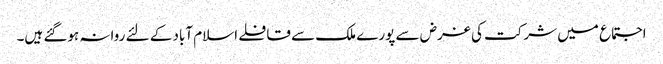
اجتماع میں شرکت کی غرض سے پورے ملک سے قافلے اسلام آباد کے لئے روانہ ہوگئے ہیں۔